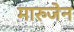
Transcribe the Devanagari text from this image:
मारुजेन